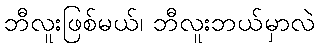
ဘီလူးဖြစ်မယ်၊ ဘီလူးဘယ်မှာလဲ